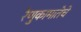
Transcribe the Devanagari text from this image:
रेणुकामातेचे